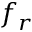
f _ { r }